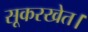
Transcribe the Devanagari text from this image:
सूकरखेत।